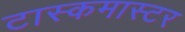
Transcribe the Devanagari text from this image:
टास्कमास्टर